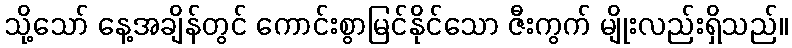
သို့သော် နေ့အချိန်တွင် ကောင်းစွာမြင်နိုင်သော ဇီးကွက် မျိုးလည်းရှိသည်။